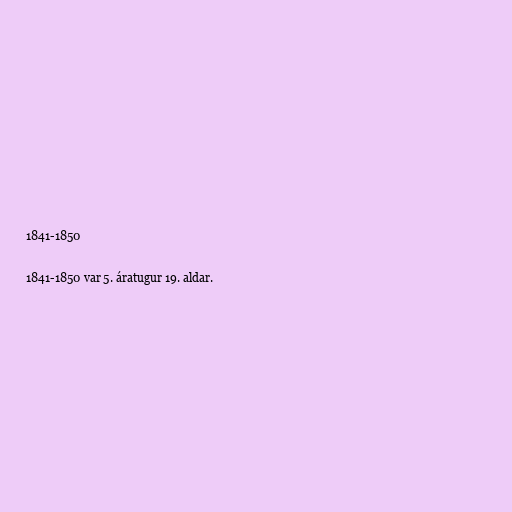
1841-1850

1841-1850 var 5. áratugur 19. aldar.